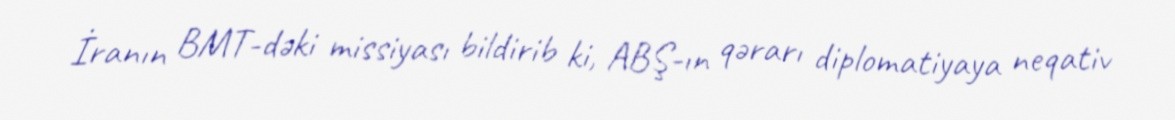
İranın BMT-dəki missiyası bildirib ki, ABŞ-ın qərarı diplomatiyaya neqativ